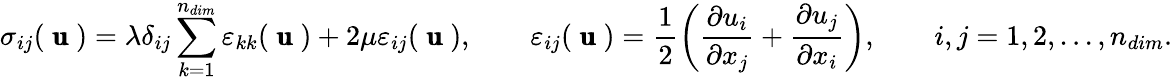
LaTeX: \sigma_{ij}(\mathrm{\pmb{~u~}})=\lambda\delta_{ij}\sum_{k=1}^{{n_{dim}}}\varepsilon_{kk}(\mathrm{\pmb{~u~}})+2\mu\varepsilon_{ij}(\mathrm{\pmb{~u~}}),\quad\quad\varepsilon_{ij}(\mathrm{\pmb{~u~}})=\frac{1}{2}\left(\frac{\partial u_{i}}{\partial x_{j}}+\frac{\partial u_{j}}{\partial x_{i}}\right),\quad\quad i,j=1,2,...,{n_{dim}}.